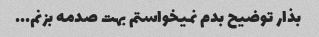
بذار توضیح بدم نمیخواستم بهت صدمه بزنم...